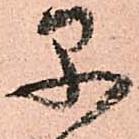
早